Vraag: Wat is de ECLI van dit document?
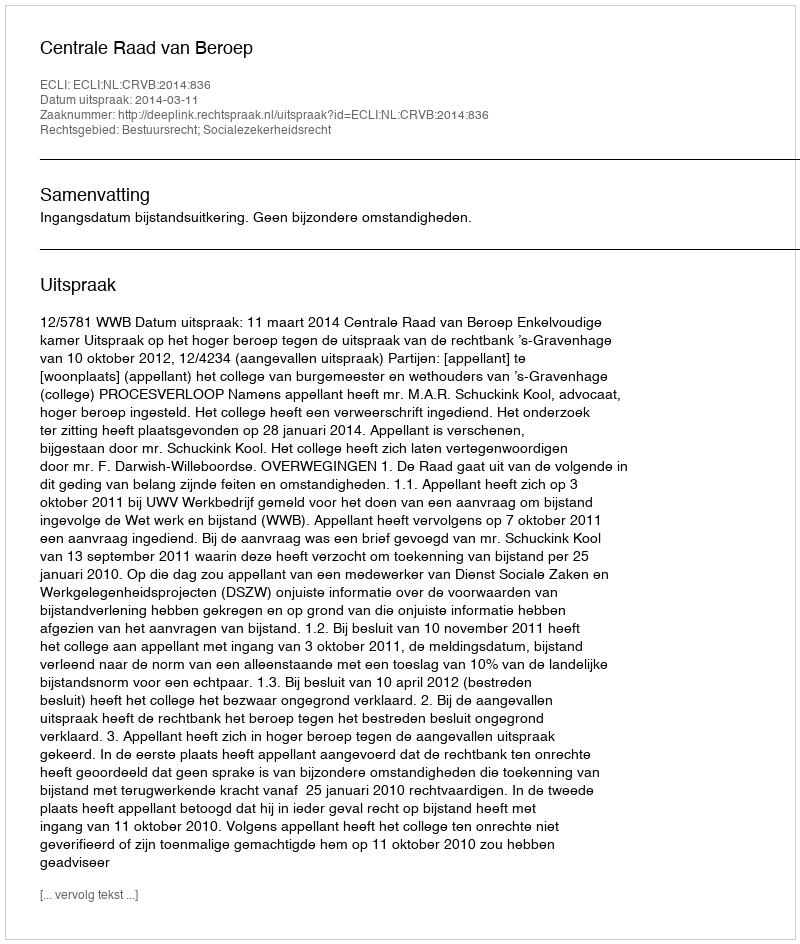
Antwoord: ECLI:NL:CRVB:2014:836